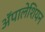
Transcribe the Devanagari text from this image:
ॲपालेशियन